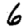
Digit: 6